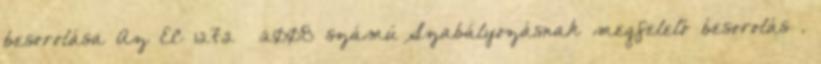
besorolása Az EC 1272 2008 számú Szabályozásnak megfelelő besorolás .